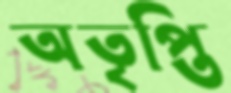
অতৃপ্তি